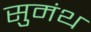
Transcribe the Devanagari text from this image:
सुमंथ